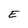
Character: E